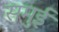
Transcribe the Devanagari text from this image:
समुई